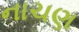
નાચણ